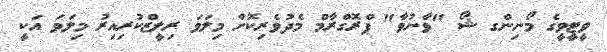
ވީޓީވީގެ މޯނިންގ ޝޯ "ވާނުވާ" ޕްރޮގްރާމް މެދުވެރިކޮށް މިލަވަ ރިލީޒްކުރިއިރު މިލަވަ އަކީ